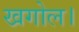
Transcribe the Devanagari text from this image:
खगोल।